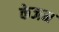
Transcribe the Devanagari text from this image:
केजन